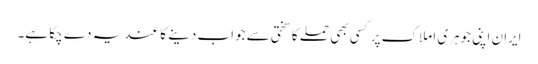
ایران اپنی جوہری املاک پر کسی بھی حملے کا سختی سے جواب دینے کا عندیہ دے چکا ہے۔